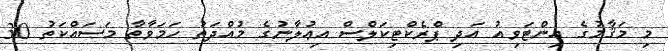
މި މަޤާމުގެ އިންޓަވިއު އަދި ޕްރެކްޓިކަލްސް އިޢުލާނުގެ މުއްދަތު ހަމަވާތާ މަސައްކަތު 30